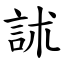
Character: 訹